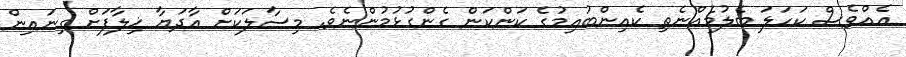
އެއްވެސް ކަހަލަ ބެލުމެއްނެތި ކެއިންބުއިމުގެ ކަންކަން ގެންގުޅުމުންނެވެ. މިސާލަކަށް އާދަޔާ ޚިލާފަށް ގިނައިން